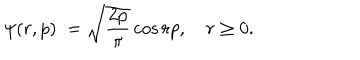
\psi ( r , p ) : = \sqrt { \frac { 2 p } { \pi } } \cos r p , \quad r \geq 0 .